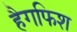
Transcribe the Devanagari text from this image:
हैगफिश